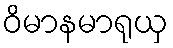
ဝိမာနမာရုယှ